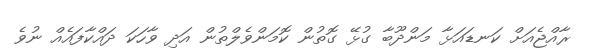
ރާއްޖެއަށް ކަނޑައަޅާ މަންދޫބާ ގުޅޭ ގޮތުން ކޮމަންވެލްތުން އަދި ވާހަކަ ދައްކާފައެއް ނުވެ